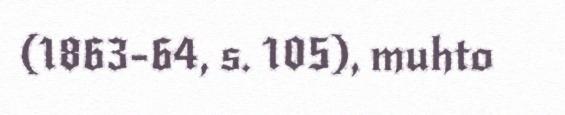
(1863-64, s. 105), muhto